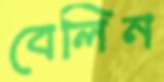
বেলিন